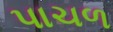
પાચળ